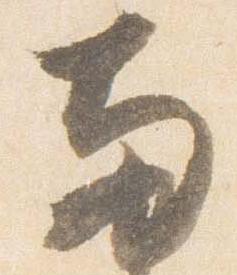
両